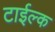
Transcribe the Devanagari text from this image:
टाईल्क